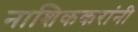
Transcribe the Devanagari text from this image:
नाशिककरांनी